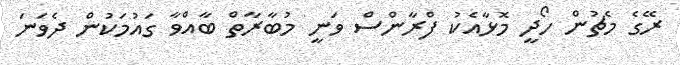
ރޭގެ މެޗުން ހޯދީ މޮޅާއެކު ފްރާންސް ވަނީ މުބާރާތް ބާއްވާ ގައުމަކުން ދެވަނަ